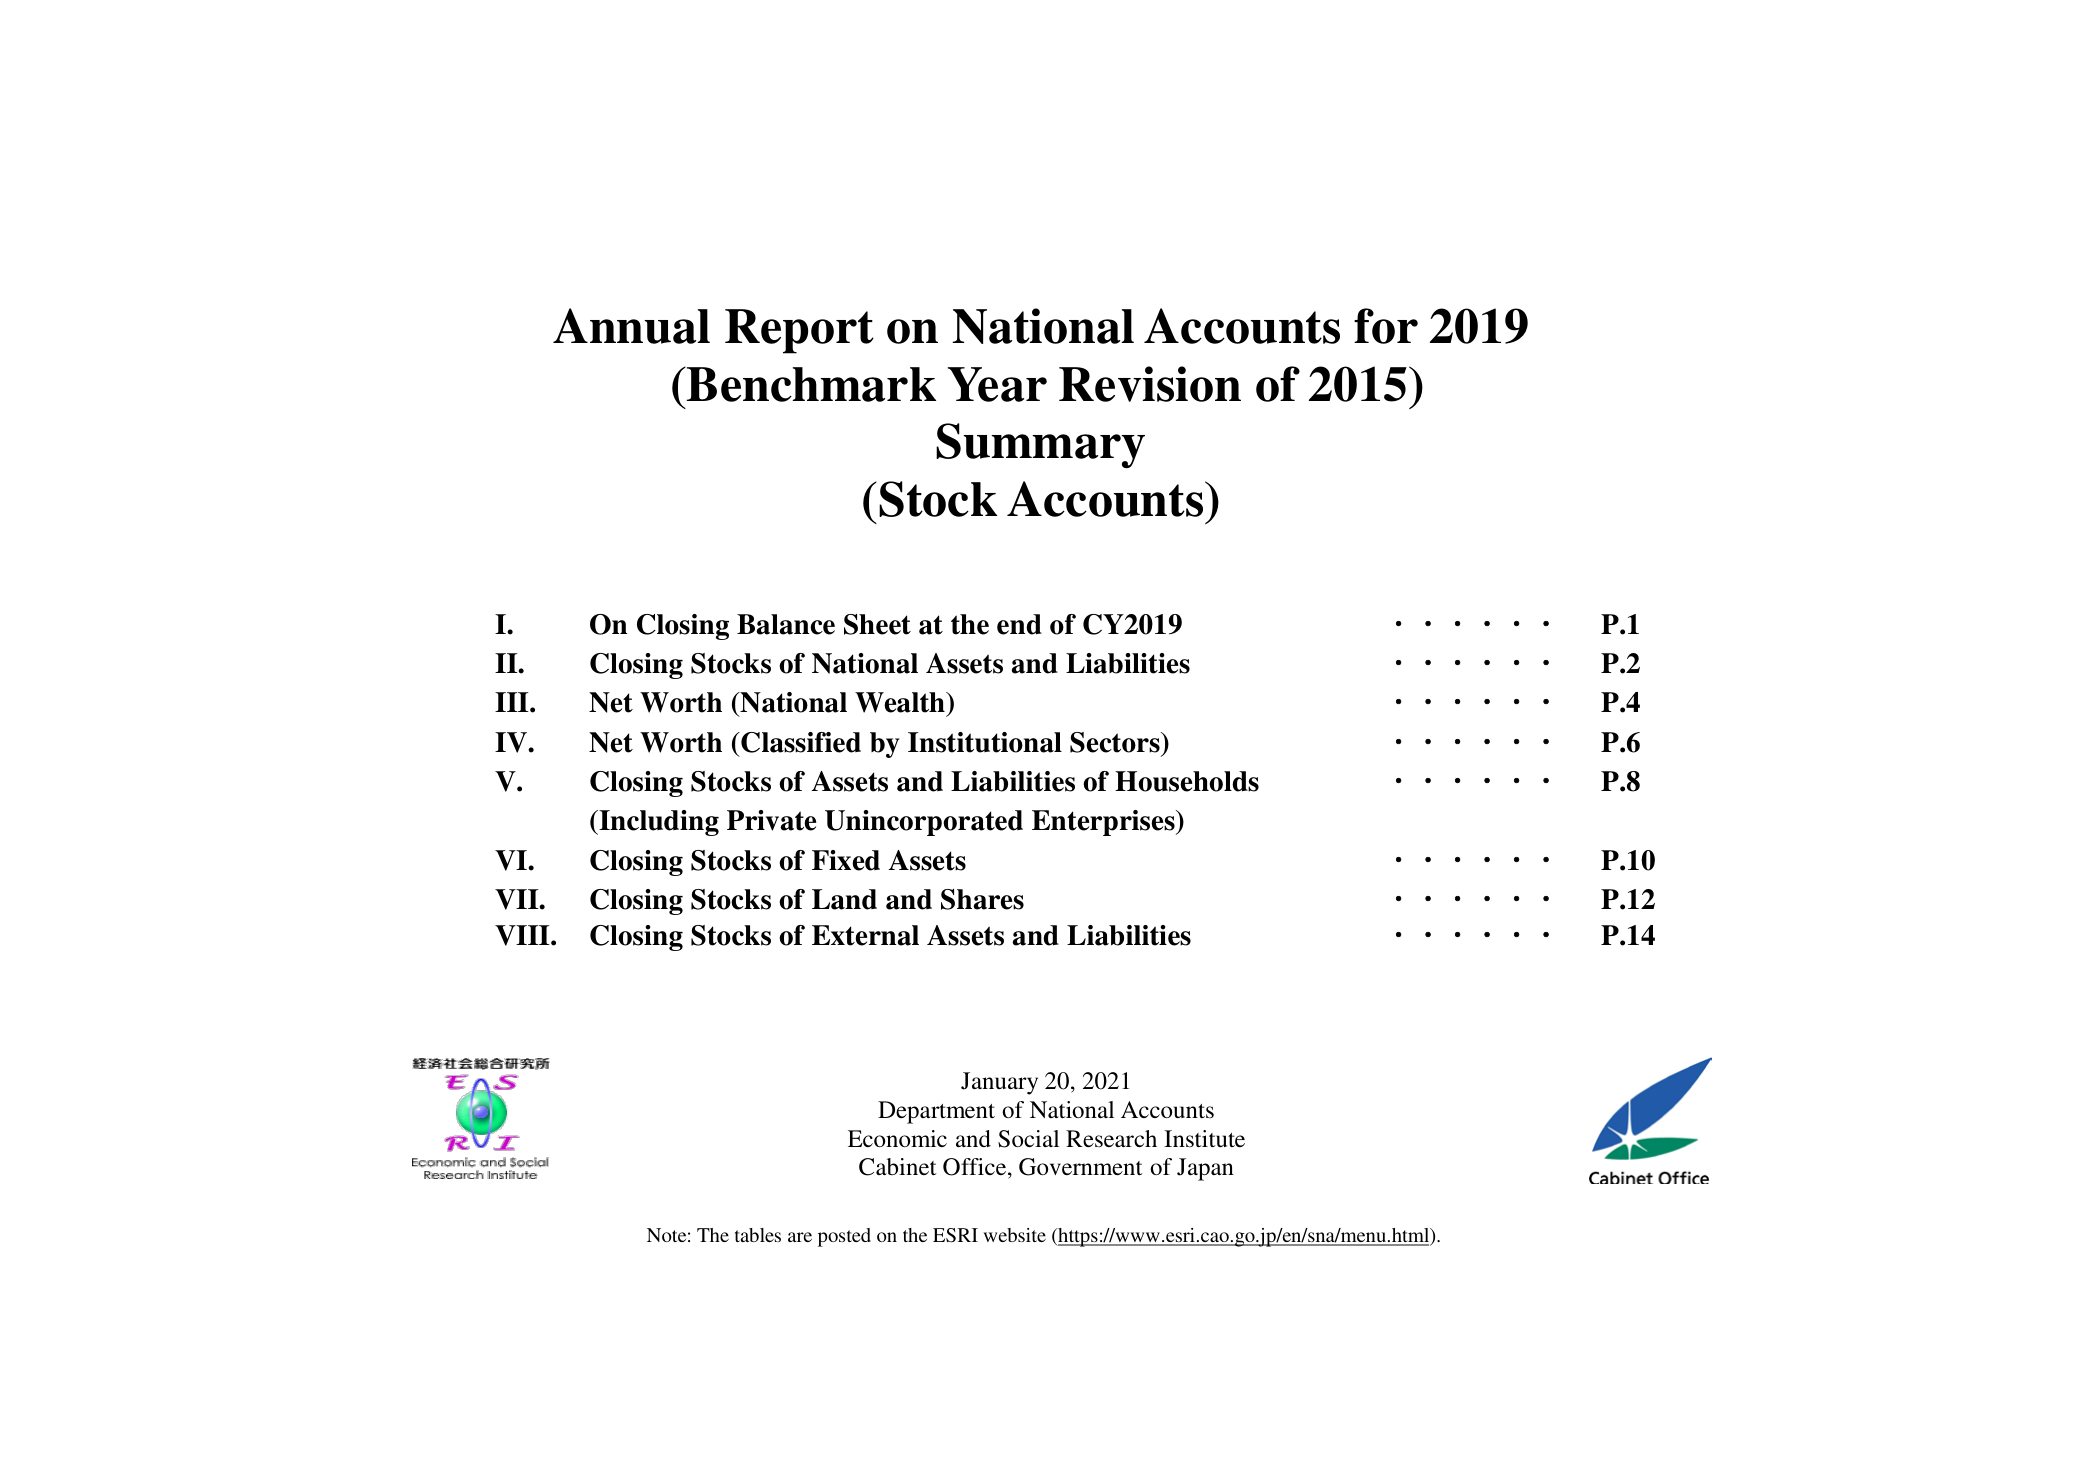
Annual Report on National Accounts for 2019
(Benchmark Year Revision of 2015)
Summary
(Stock Accounts)

I. On Closing Balance Sheet at the end of CY2019 ..... P.1
II. Closing Stocks of National Assets and Liabilities ..... P.2
III. Net Worth (National Wealth) ..... P.4
IV. Net Worth (Classified by Institutional Sectors) ..... P.6
V. Closing Stocks of Assets and Liabilities of Households
(Including Private Unincorporated Enterprises) ..... P.8
VI. Closing Stocks of Fixed Assets ..... P.10
VII. Closing Stocks of Land and Shares ..... P.12
VIII. Closing Stocks of External Assets and Liabilities ..... P.14

経済社会総合研究所
E S
R I
Economic and Social
Research Institute

January 20, 2021
Department of National Accounts
Economic and Social Research Institute
Cabinet Office, Government of Japan

Cabinet Office

Note: The tables are posted on the ESRI website (https://www.esri.cao.go.jp/en/sna/menu.html).